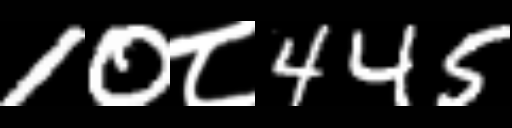
Text: 10८445